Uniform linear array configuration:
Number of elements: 16
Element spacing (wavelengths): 1
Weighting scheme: hamming
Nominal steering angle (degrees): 60
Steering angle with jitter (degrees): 60.613
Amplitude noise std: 0.05
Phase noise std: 0.05

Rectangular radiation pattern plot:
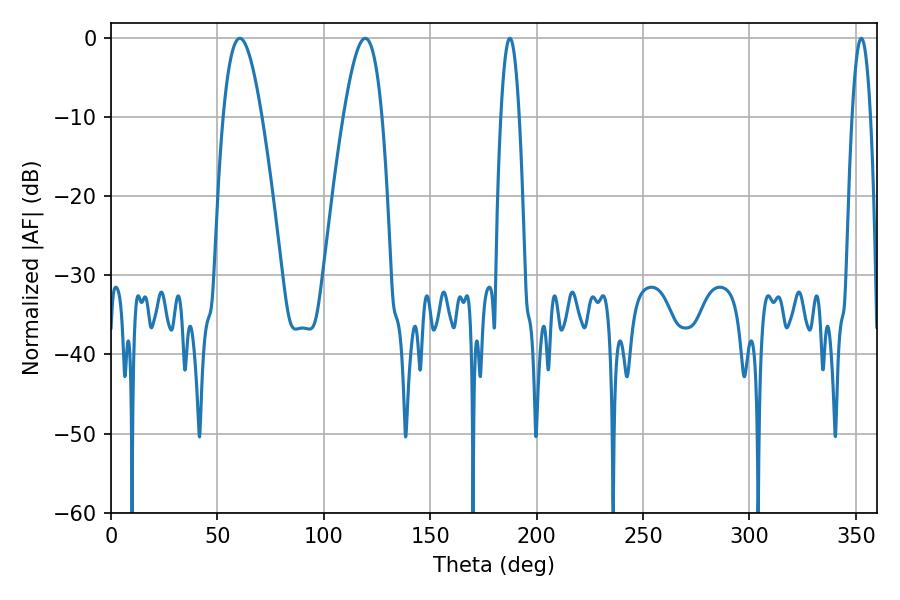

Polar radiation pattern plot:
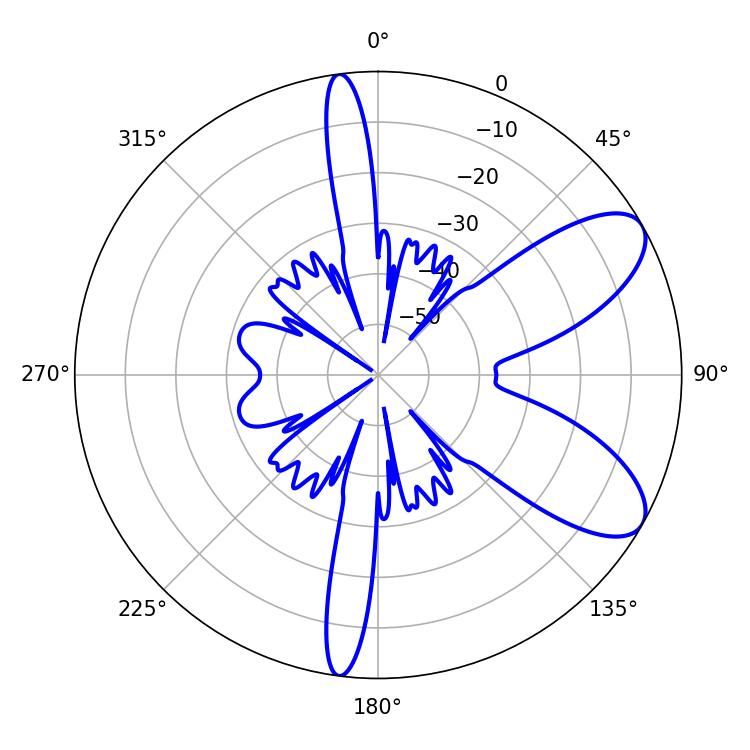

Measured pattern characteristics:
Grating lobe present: TRUE
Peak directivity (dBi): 8.201
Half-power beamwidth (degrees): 9.9
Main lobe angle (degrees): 60.48